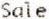
SALE